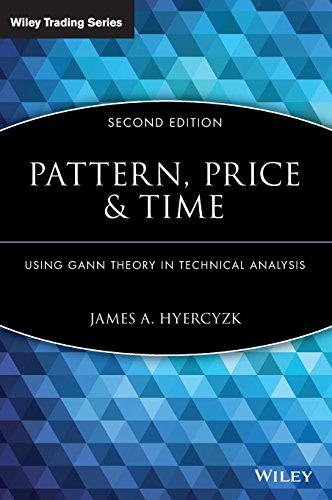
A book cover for Pattern, Price and Time: Using Gann Theory in Technical Analysis; James A. Hyerczyk; Business & Money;